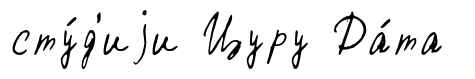
сту́д'иjи Цуру Да́та